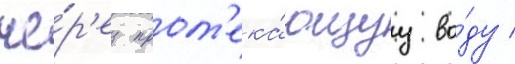
че́р'ез прот'ека́ющуу во́ду /